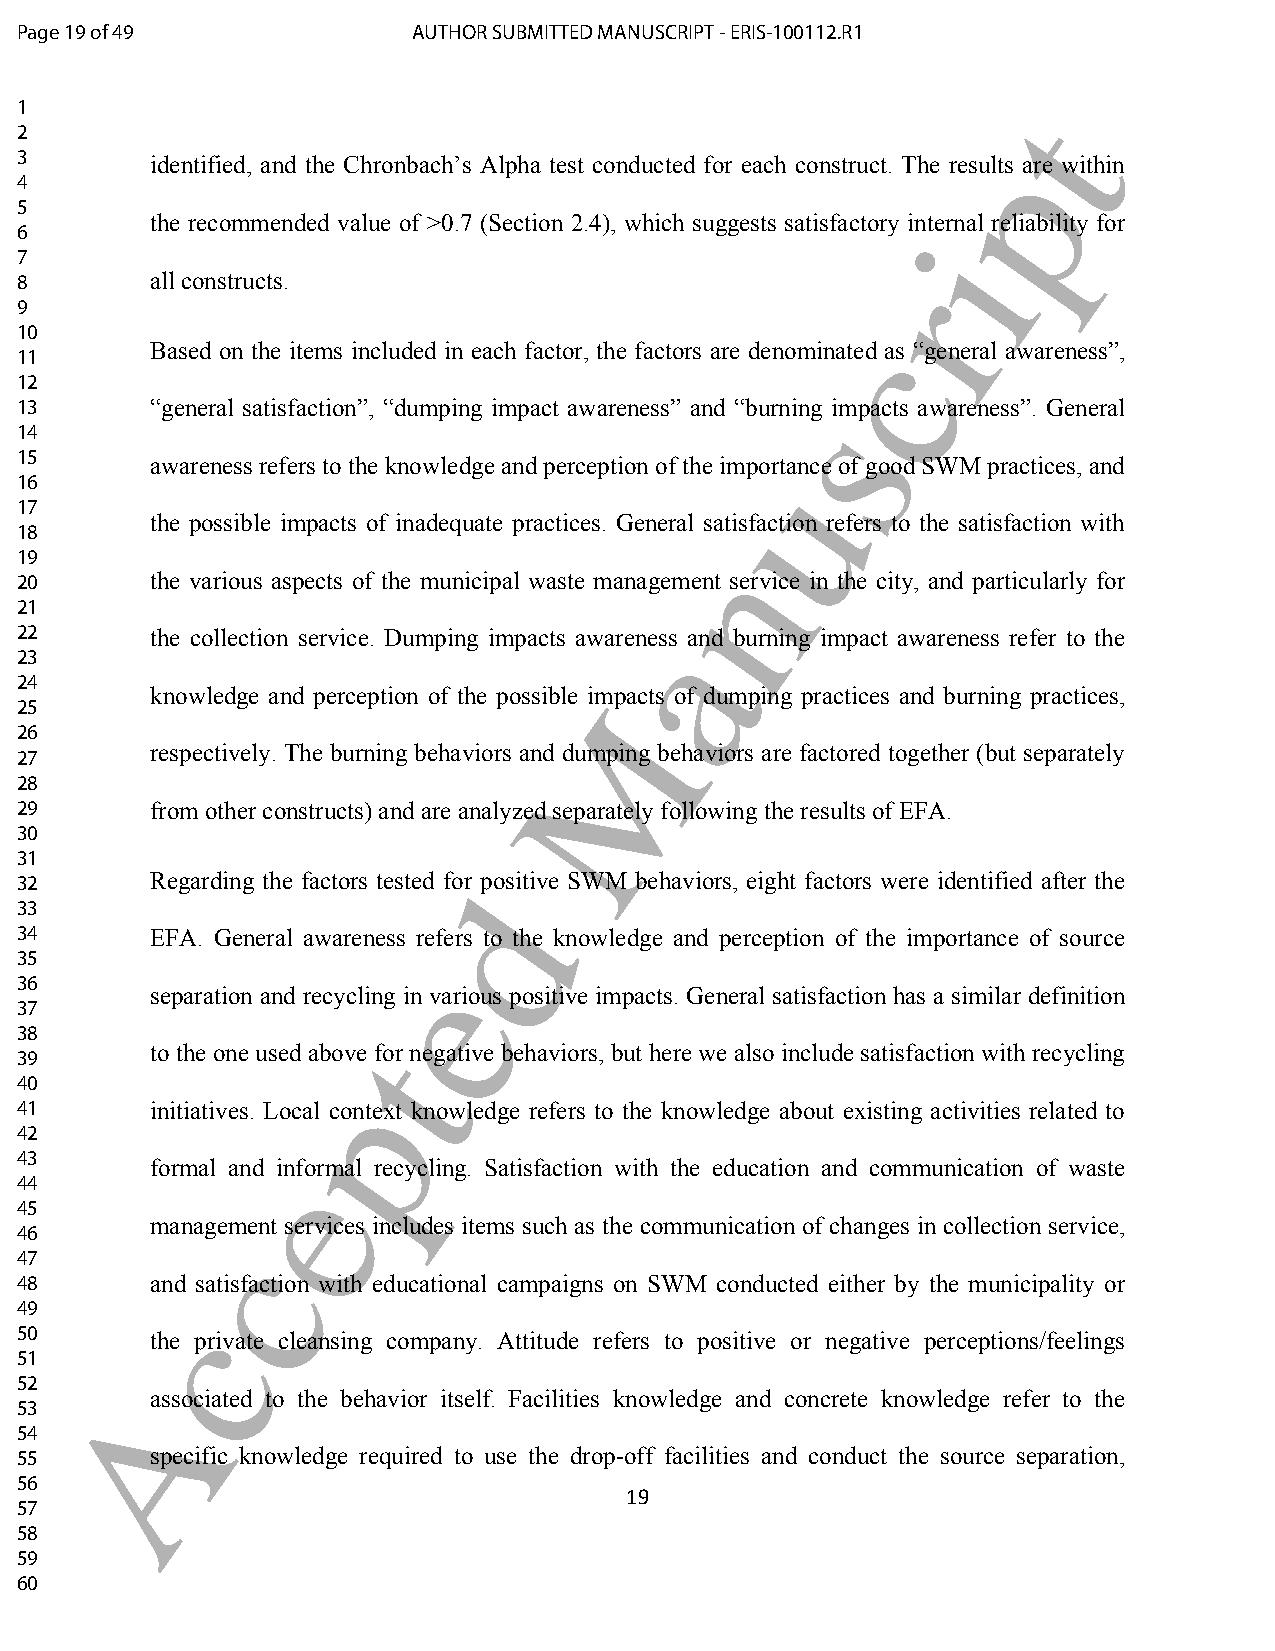
Page 19 of 49             AUTHOR SUBMITTED MANUSCRIPT - ERIS-100112.R1
 1                                                                 t
 2
 p
 3        identified, and the Chronbach’s Alpha test conducted for each construct. The results are within
 4
 5
 the recommended value of >0.7 (Section 2.4), which suggests satisfactory internal reliability for
 6                                                           i
 7
 8        all constructs.                                  r
 9
 10                                                     c
 Based on the items included in each factor, the factors are denominated as “general awareness”,
 11
 12
 13       “general satisfaction”, “dumping impact awareness” and “burnisng impacts awareness”. General
 14
 15       awareness refers to the knowledge and perception of the impuortance of good SWM practices, and
 16
 17
 the possible impacts of inadequate practices. General satisfaction refers to the satisfaction with
 18
 n
 19
 20       the various aspects of the municipal waste management service in the city, and particularly for
 21
 a
 22       the collection service. Dumping impacts awareness and burning impact awareness refer to the
 23
 24
 knowledge and perception of the possible iMmpacts of dumping practices and burning practices,
 25
 26
 respectively. The burning behaviors and dumping behaviors are factored together (but separately
 27
 28
 29       from other constructs) and are analyzed separately following the results of EFA.
 30
 31
 32       Regarding the factors tested fodr positive SWM behaviors, eight factors were identified after the
 33
 34       EFA. General awareness refers to the knowledge and perception of the importance of source
 35
 e
 36
 separation and recycling in various positive impacts. General satisfaction has a similar definition
 37
 38                    t
 to the one used above for negative behaviors, but here we also include satisfaction with recycling
 39
 40                  p
 41       initiatives. Local context knowledge refers to the knowledge about existing activities related to
 42
 43       formal and einformal recycling. Satisfaction with the education and communication of waste
 44
 45
 management services includes items such as the communication of changes in collection service,
 46           c
 47
 48       and satisfaction with educational campaigns on SWM conducted either by the municipality or
 49        c
 50       the private cleansing company. Attitude refers to positive or negative perceptions/feelings
 51
 52     A
 associated to the behavior itself. Facilities knowledge and concrete knowledge refer to the
 53
 54
 55       specific knowledge required to use the drop-off facilities and conduct the source separation,
 56
 19
 57
 58
 59
 60